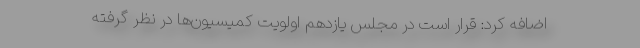
اضافه کرد: قرار است در مجلس یازدهم اولویت کمیسیون‌ها در نظر گرفته